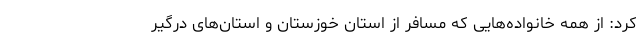
کرد: از همه خانواده‌هایی که مسافر از استان خوزستان و استان‌های درگیر